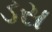
ડસ